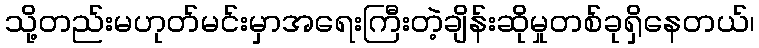
သို့တည်းမဟုတ်မင်းမှာအရေးကြီးတဲ့ချိန်းဆိုမှုတစ်ခုရှိနေတယ်၊